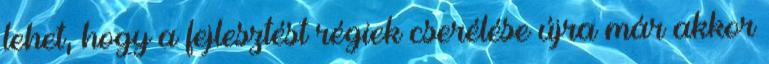
lehet, hogy a fejlesztést régiek cserélése újra már akkor